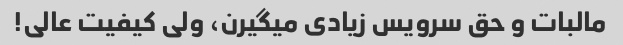
مالبات و حق سرویس زیادی میگیرن، ولی کیفیت عالی!